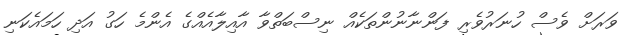
ވަރަށް ވެސް ހުނަރުވެރި ފަންނާނުންތަކެއް ނިސްބަތްވާ އާއިލާއެއްގެ އެންމެ ހަގު އަދި ހަމައެކަނި